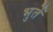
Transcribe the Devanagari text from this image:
भुर्ते